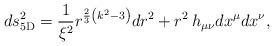
LaTeX: \begin{align*}ds_{\rm 5D}^2={1\over \xi^2}r^{{2\over 3}\left(k^2-3\right)}dr^2+r^2\,h_{\mu\nu}dx^{\mu}dx^{\nu},\end{align*}